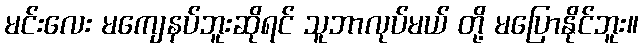
မင်းလေး မကျေနပ်ဘူးဆိုရင် သူဘာလုပ်မယ် တို့ မပြောနိုင်ဘူး။